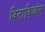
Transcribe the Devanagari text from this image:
विनाविध्वंस